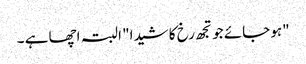
"ہو جائے جو تجھ رخ کا شیدا" البتہ اچھا ہے ۔